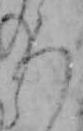
ろ